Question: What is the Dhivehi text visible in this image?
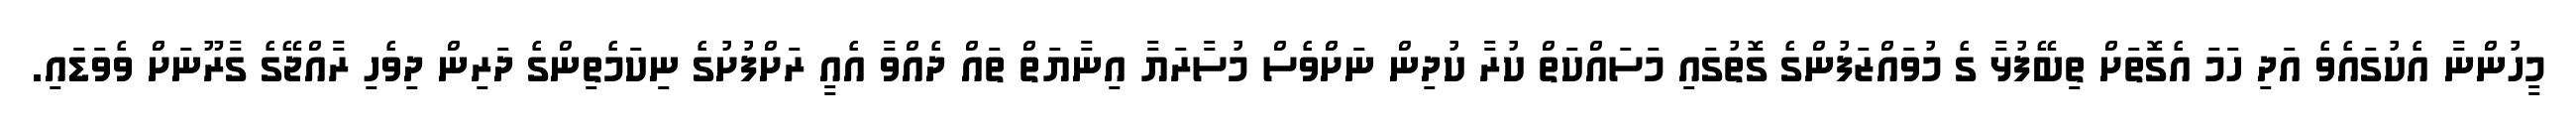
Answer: މީހުންނާ އެކުގައެވެ އަދި ހަމަ އެގޮތަށް ތިބޭފުޅާ ގެ މުވައްޒަފުންގެ ގޮތުގައި މަސައްކަތް ކުރާ ކުދިން ނަށްވެސް މުސާރަޔާ އިނާޔަތް ތައް ދެއްވާ އެއީ ރަށްފުށުގެ ނިކަމެތިންގެ ދަރިން ދިވެހި ރާއްޖޭގެ ގާރޫނަށް ވެވަޑައި.